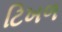
ટિખળ